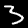
Digit: 3